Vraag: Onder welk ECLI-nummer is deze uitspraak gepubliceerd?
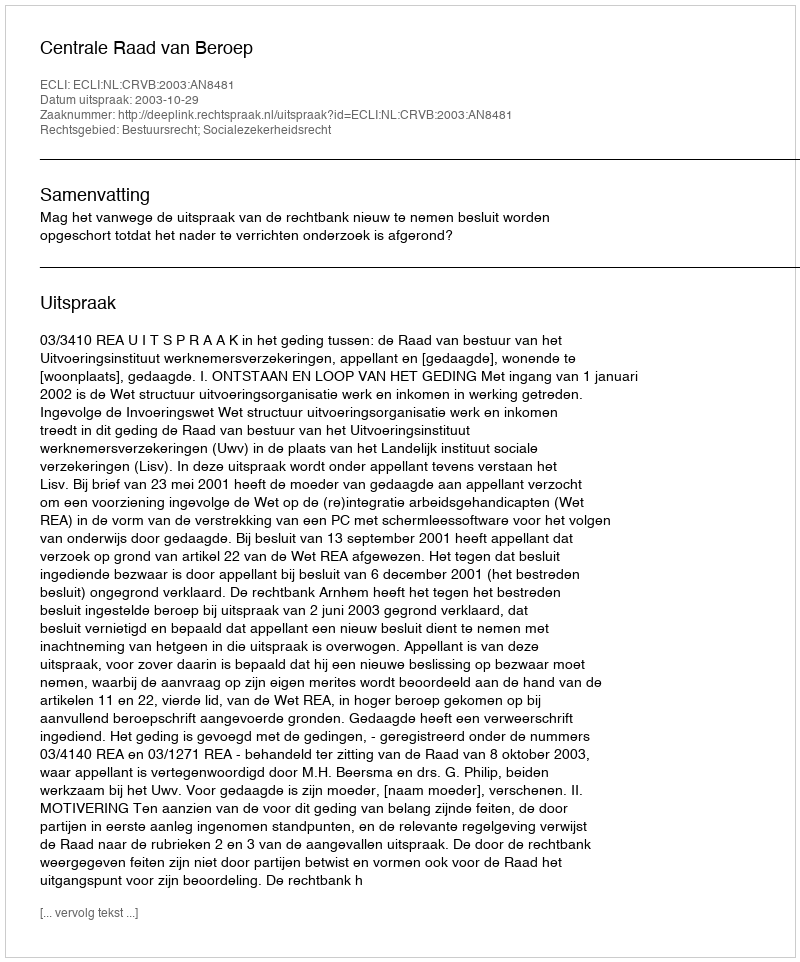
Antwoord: ECLI:NL:CRVB:2003:AN8481